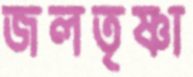
জলতৃষ্ণা